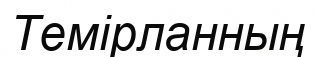
Темірланның